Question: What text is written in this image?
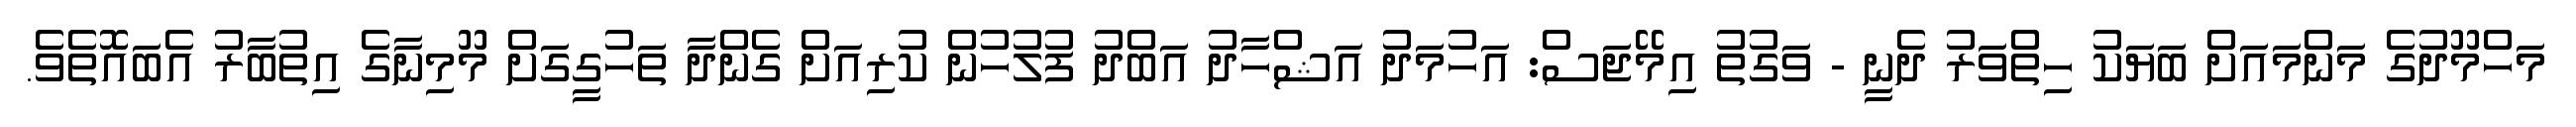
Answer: މަހްމޫދުގެ މަންމައަށް ބަޔަކު ހިތްވަރު ދެނީ - ވަގުތު އިމޭޖަސް: އަހުމަދު އަޝްހާދު އަބްދު ފުލުހުން ކުރިއަށް ގެންދާ ތަހުގީގަށް މޫމިނާގެ އިތުބާރު އެބައޮތެވެ.